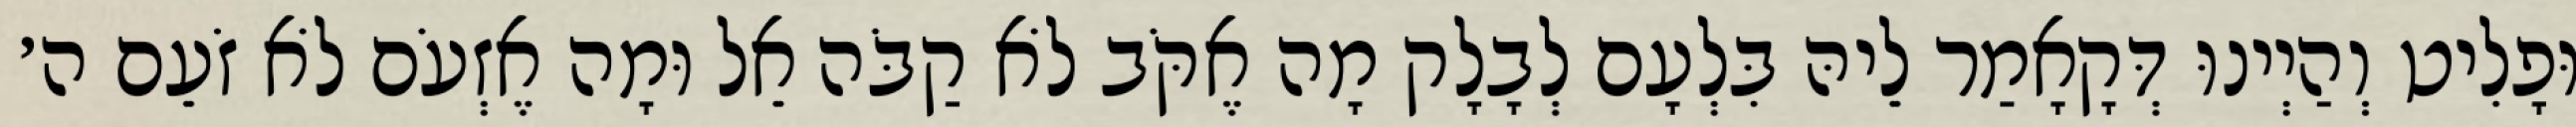
וּפָלִיט וְהַיְינוּ דְּקָאָמַר לֵיהּ בִּלְעָם לְבָלָק מָה אֶקֹּב לֹא קַבֹּה אֵל וּמָה אֶזְעֹם לֹא זֹעֵם ה׳